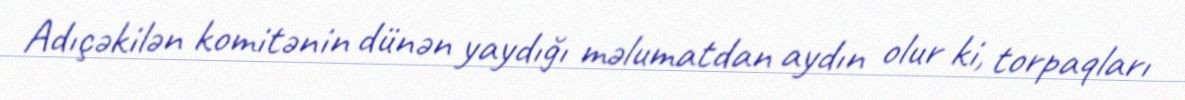
Adıçəkilən komitənin dünən yaydığı məlumatdan aydın olur ki, torpaqları